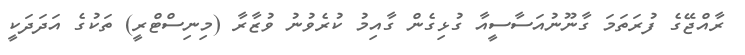
ރާއްޖޭގެ ފުރަތަމަ ގާނޫނުއަސާސީއާ ގުޅިގެން ގާއިމު ކުރެވުނު ވުޒާރާ (މިނިސްޓްރީ) ތަކުގެ އަދަދަކީ